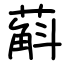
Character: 蔛